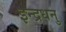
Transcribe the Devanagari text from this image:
इन्द्रधनु